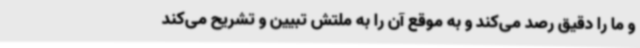
و ما را دقیق رصد می‌کند و به موقع آن را به ملتش تبیین و تشریح می‌کند